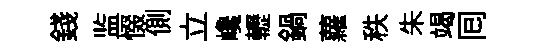
錢监惙側立巉轣鍋蘿秩朱竭囘